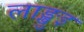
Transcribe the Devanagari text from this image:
लाङ्खुइ